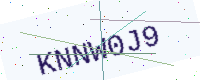
Text: KNNW0J9